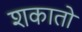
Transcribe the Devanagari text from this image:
शकातो